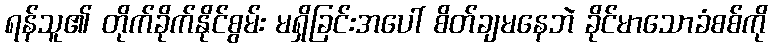
ရန်သူ၏ တိုက်ခိုက်နိုင်စွမ်း မရှိခြင်းအပေါ် စိတ်ချမနေဘဲ ခိုင်မာသောခံစစ်ကို